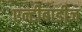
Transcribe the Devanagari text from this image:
एन्टीबाडीज